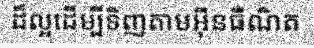
ដ៏ល្អដើម្បីទិញតាមអ៊ីនធឺណិត